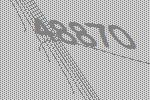
48870